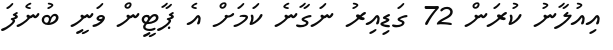
އިއުލާނު ކުރަން 72 ގަޑިއިރު ނަގާނެ ކަމަށް އެ ޕާޓީން ވަނީ ބުނެފަ